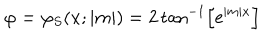
\varphi = \varphi _ { S } ( x ; | m | ) = 2 \tan ^ { - 1 } \left[ \mathrm { e } ^ { | m | x } \right]